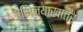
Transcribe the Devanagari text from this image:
अभिनयाखातर